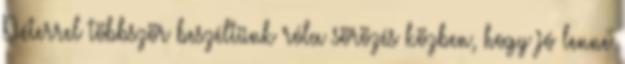
Péterrel többször beszéltünk róla sörözés közben, hogy jó lenne